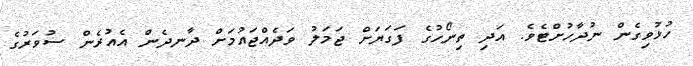
ހުޅުވިގެން ނުދާހުށްޓެވެ. އަދި ތިނޯހުގެ ފަގަޔަށް ޖަމަލު ވަދެއްޖައުމަށް ދާނދެން އެއުރެން ސުވަރުގެ